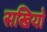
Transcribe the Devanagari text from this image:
सखियो